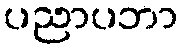
ပညာပဘာ